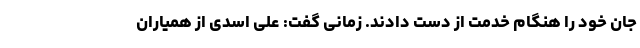
جان خود را هنگام خدمت از دست دادند. زمانی گفت: علی اسدی از همیاران